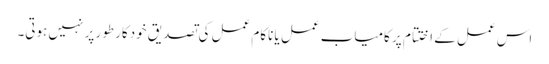
اس عمل کے اختتام پر کامیاب عمل یا ناکام عمل کی تصدیق خودکار طور پر نہیں ہوتی۔